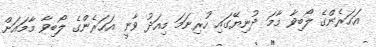
އަހަރެންގެ ލޯބިވާ މާމަ ދުނިޔޭގައި ހުރިނަމަ މިއަދު ވާނީ އަހަރެންގެ ލޯބިވާ މާމައަށް